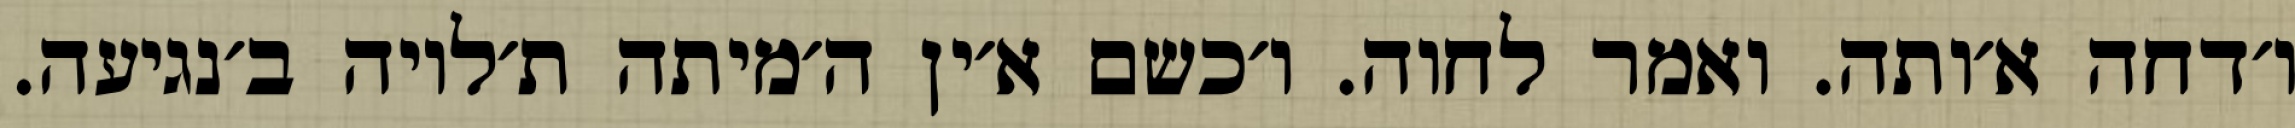
ו׳דחה א׳ותה. ואמר לחוה. ו׳כשם א׳ין ה׳מיתה ת׳לויה ב׳נגיעה.